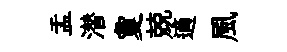
盂潜夐兢適風